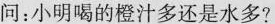
问；小明喝的橙汁多还是水多？